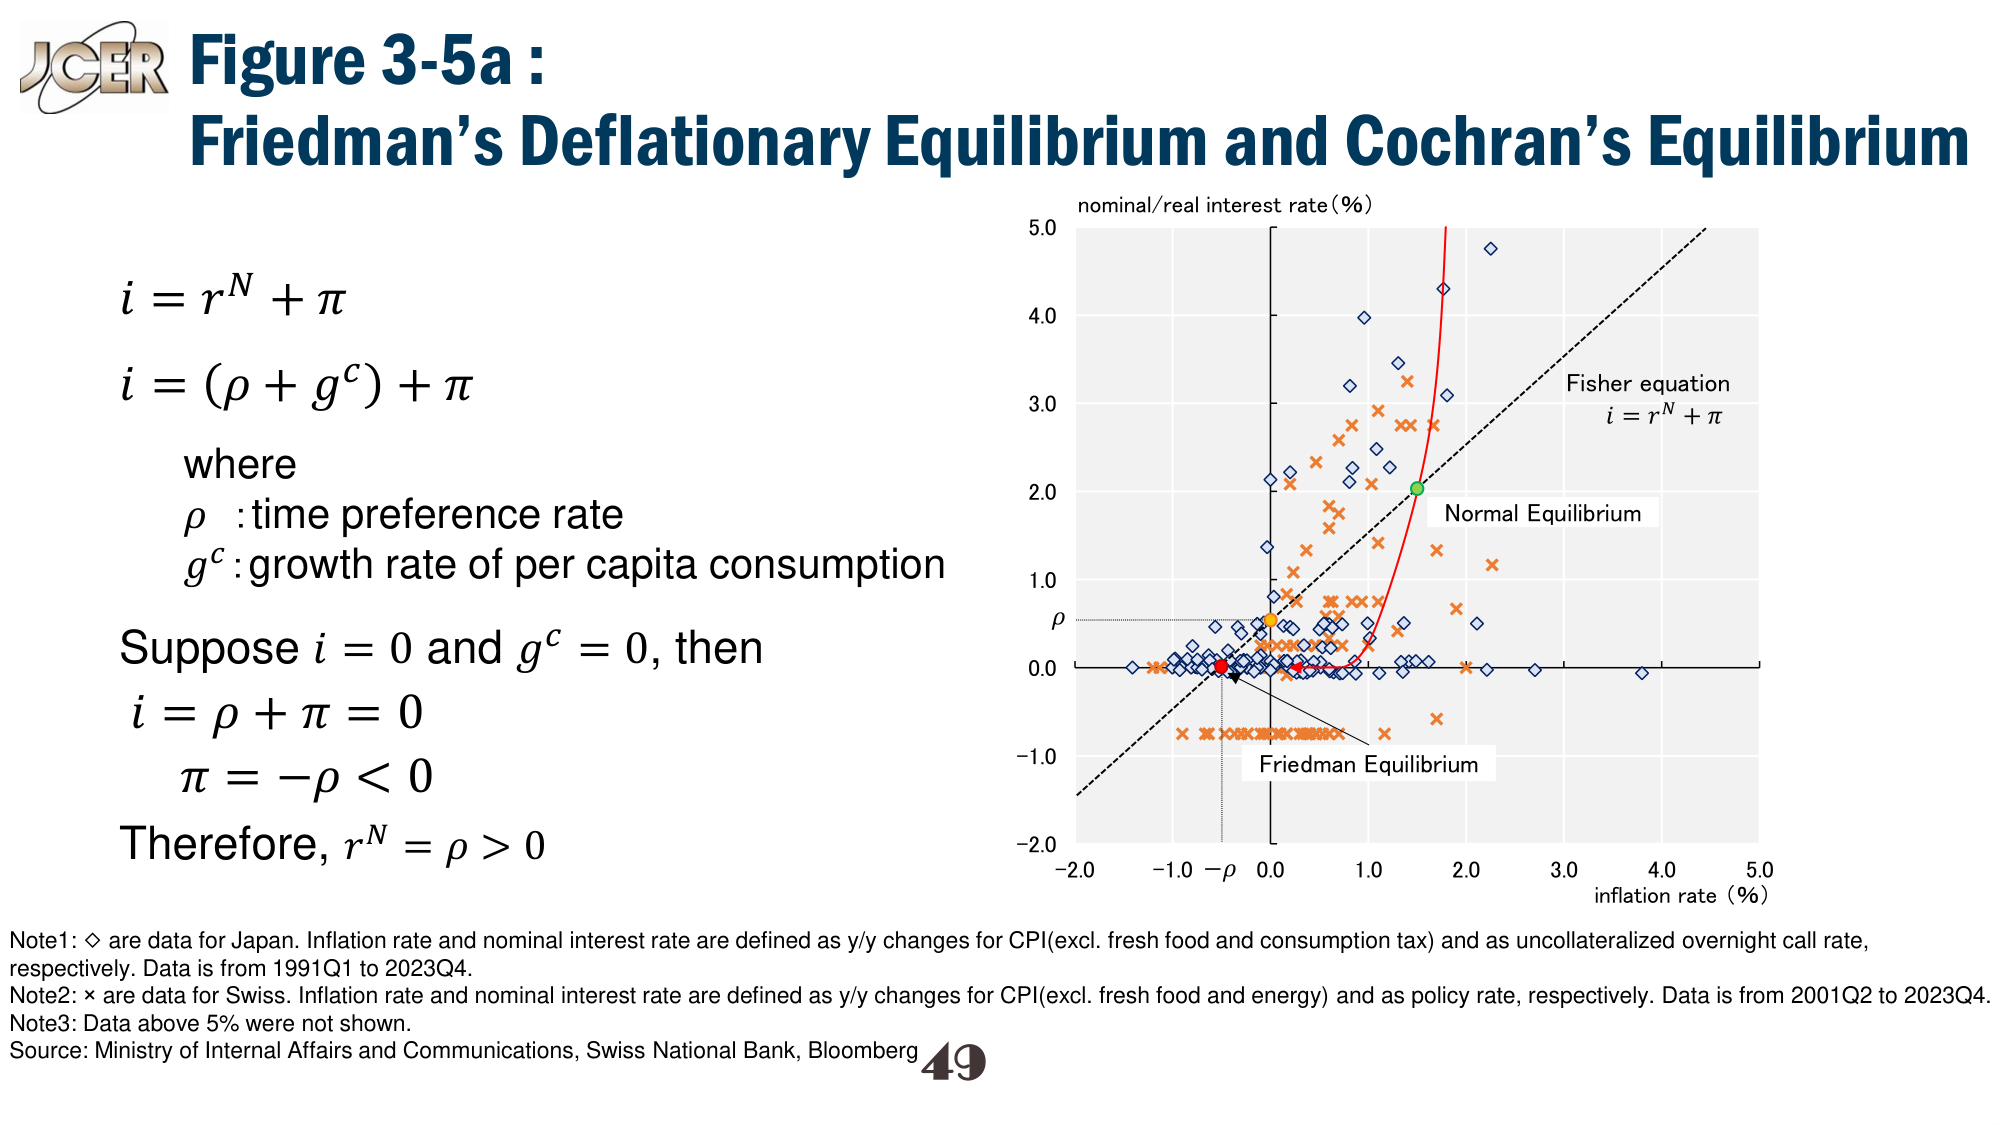
Figure 3-5a :
Friedman’s Deflationary Equilibrium and Cochran’s Equilibrium

i = r^N + π
i = (ρ + g^c) + π
where
ρ : time preference rate
g^c : growth rate of per capita consumption
Suppose i = 0 and g^c = 0, then
i = ρ + π = 0
π = -ρ < 0
Therefore, r^N = ρ > 0

nominal/real interest rate (%)
Fisher equation
i = r^N + π
Normal Equilibrium
Friedman Equilibrium
inflation rate (%)
ρ
-2.0 -1.0 -ρ 0.0 1.0 2.0 3.0 4.0 5.0
-2.0 -1.0 0.0 1.0 2.0 3.0 4.0 5.0

Note1: ◊ are data for Japan. Inflation rate and nominal interest rate are defined as y/y changes for CPI(excl. fresh food and consumption tax) and as uncollateralized overnight call rate, respectively. Data is from 1991Q1 to 2023Q4.
Note2: × are data for Swiss. Inflation rate and nominal interest rate are defined as y/y changes for CPI(excl. fresh food and energy) and as policy rate, respectively. Data is from 2001Q2 to 2023Q4.
Note3: Data above 5% were not shown.
Source: Ministry of Internal Affairs and Communications, Swiss National Bank, Bloomberg
49